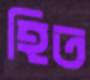
হিত